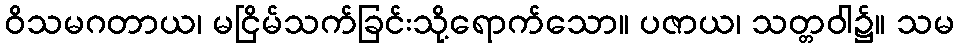
ဝိသမဂတာယ၊ မငြိမ်သက်ခြင်းသို့ရောက်သော။ ပဇာယ၊ သတ္တဝါ၌။ သမ